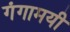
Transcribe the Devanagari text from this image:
गंगामयी